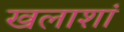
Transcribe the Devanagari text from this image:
खलाशां